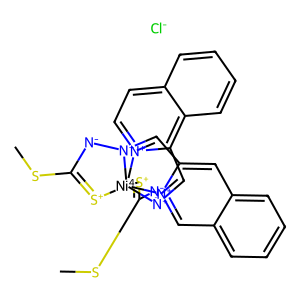
SMILES: CSC1=[S+][Ni-4]234([S+]=C(SC)[N-][N+]2=Cc2c5ccccc5cc[n+]23)[N+](=Cc2cc3ccccc3c[n+]24)[N-]1.[Cl-]
Inhibits HIV replication: No